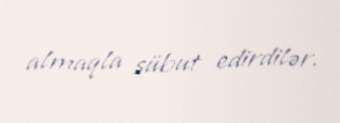
almaqla sübut edirdilər.